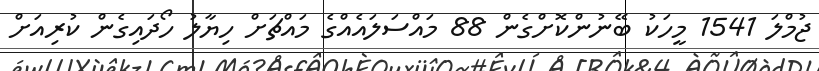
ޖުމްލަ 1541 މީހަކު ބޭނުންކޮށްގެން 88 މައްސަލައެއްގެ މައްޗަށް ހިޔާލު ހޯދައިގެން ކުރިއަށް